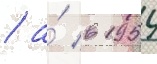
/ а́ в 1954